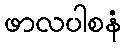
ဖာလပါစနံ